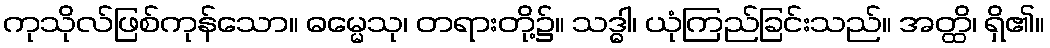
ကုသိုလ်ဖြစ်ကုန်သော။ ဓမ္မေသု၊ တရားတို့၌။ သဒ္ဓါ၊ ယုံကြည်ခြင်းသည်။ အတ္ထိ၊ ရှိ၏။